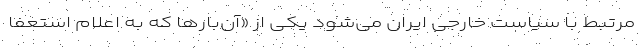
مرتبط با سیاست خارجی ایران می‌شود یکی از «آن‌بارها که به اعلام استعفا